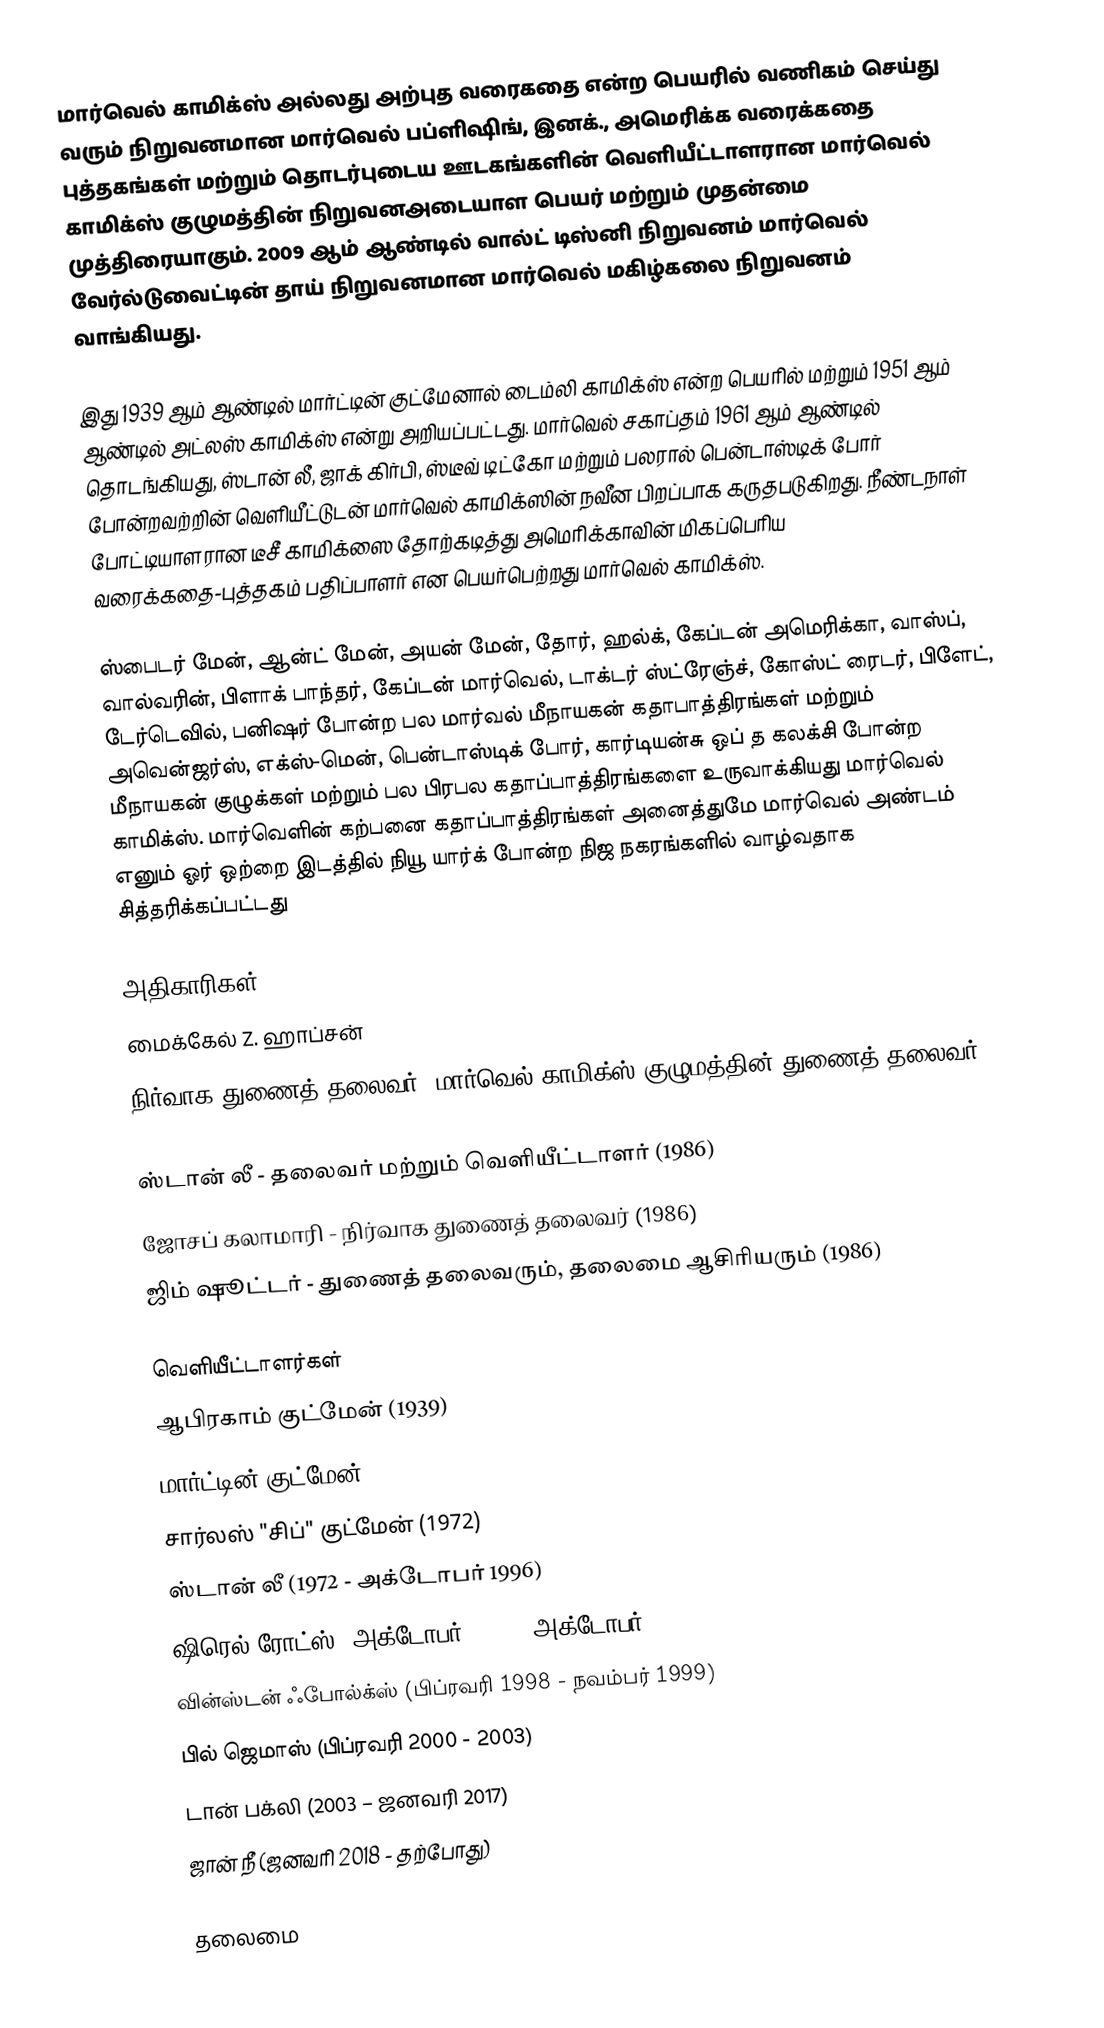
மார்வெல் காமிக்ஸ் அல்லது அற்புத வரைகதை என்ற பெயரில் வணிகம் செய்து வரும் நிறுவனமான மார்வெல் பப்ளிஷிங், இனக்., அமெரிக்க வரைக்கதை புத்தகங்கள் மற்றும் தொடர்புடைய ஊடகங்களின் வெளியீட்டாளரான மார்வெல் காமிக்ஸ் குழுமத்தின் நிறுவனஅடையாள பெயர் மற்றும் முதன்மை முத்திரையாகும். 2009 ஆம் ஆண்டில் வால்ட் டிஸ்னி நிறுவனம் மார்வெல் வேர்ல்டுவைட்டின் தாய் நிறுவனமான மார்வெல் மகிழ்கலை நிறுவனம் வாங்கியது.

இது 1939 ஆம் ஆண்டில் மார்ட்டின் குட்மேனால் டைம்லி காமிக்ஸ் என்ற பெயரில் மற்றும் 1951 ஆம் ஆண்டில் அட்லஸ் காமிக்ஸ் என்று அறியப்பட்டது. மார்வெல் சகாப்தம் 1961 ஆம் ஆண்டில் தொடங்கியது, ஸ்டான் லீ, ஜாக் கிர்பி, ஸ்டீவ் டிட்கோ மற்றும் பலரால் பென்டாஸ்டிக் போர் போன்றவற்றின் வெளியீட்டுடன் மார்வெல் காமிக்ஸின் நவீன பிறப்பாக கருதபடுகிறது. நீண்டநாள் போட்டியாளரான டீசீ காமிக்ஸை தோற்கடித்து அமெரிக்காவின் மிகப்பெரிய வரைக்கதை-புத்தகம் பதிப்பாளர் என பெயர்பெற்றது மார்வெல் காமிக்ஸ்.

ஸ்பைடர் மேன், ஆன்ட் மேன், அயன் மேன், தோர், ஹல்க், கேப்டன் அமெரிக்கா, வாஸ்ப், வால்வரின், பிளாக் பாந்தர், கேப்டன் மார்வெல், டாக்டர் ஸ்ட்ரேஞ்ச், கோஸ்ட் ரைடர், பிளேட், டேர்டெவில், பனிஷர் போன்ற பல மார்வல் மீநாயகன் கதாபாத்திரங்கள் மற்றும் அவென்ஜர்ஸ், எக்ஸ்-மென், பென்டாஸ்டிக் போர், கார்டியன்சு ஒப் த கலக்சி போன்ற மீநாயகன் குழுக்கள் மற்றும் பல பிரபல கதாப்பாத்திரங்களை உருவாக்கியது மார்வெல் காமிக்ஸ். மார்வெளின் கற்பனை கதாப்பாத்திரங்கள் அனைத்துமே மார்வெல் அண்டம் எனும் ஓர் ஒற்றை இடத்தில் நியூ யார்க் போன்ற நிஜ நகரங்களில் வாழ்வதாக சித்தரிக்கப்பட்டது

அதிகாரிகள்
 மைக்கேல் Z. ஹாப்சன்
 நிர்வாக துணைத் தலைவர்; மார்வெல் காமிக்ஸ் குழுமத்தின் துணைத் தலைவர் (1986)

 ஸ்டான் லீ - தலைவர் மற்றும் வெளியீட்டாளர் (1986)
 ஜோசப் கலாமாரி - நிர்வாக துணைத் தலைவர் (1986)
 ஜிம் ஷூட்டர் - துணைத் தலைவரும், தலைமை ஆசிரியரும் (1986)

வெளியீட்டாளர்கள்
 ஆபிரகாம் குட்மேன் (1939)
 மார்ட்டின் குட்மேன் (1939-1972)
 சார்லஸ் "சிப்" குட்மேன் (1972)
 ஸ்டான் லீ (1972 - அக்டோபர் 1996)
 ஷிரெல் ரோட்ஸ் (அக்டோபர் 1996 - அக்டோபர் 1998)
 வின்ஸ்டன் ஃபோல்க்ஸ் (பிப்ரவரி 1998 - நவம்பர் 1999)
 பில் ஜெமாஸ் (பிப்ரவரி 2000 - 2003)
 டான் பக்லி (2003 – ஜனவரி 2017)
 ஜான் நீ (ஜனவரி 2018 - தற்போது)

தலைமை